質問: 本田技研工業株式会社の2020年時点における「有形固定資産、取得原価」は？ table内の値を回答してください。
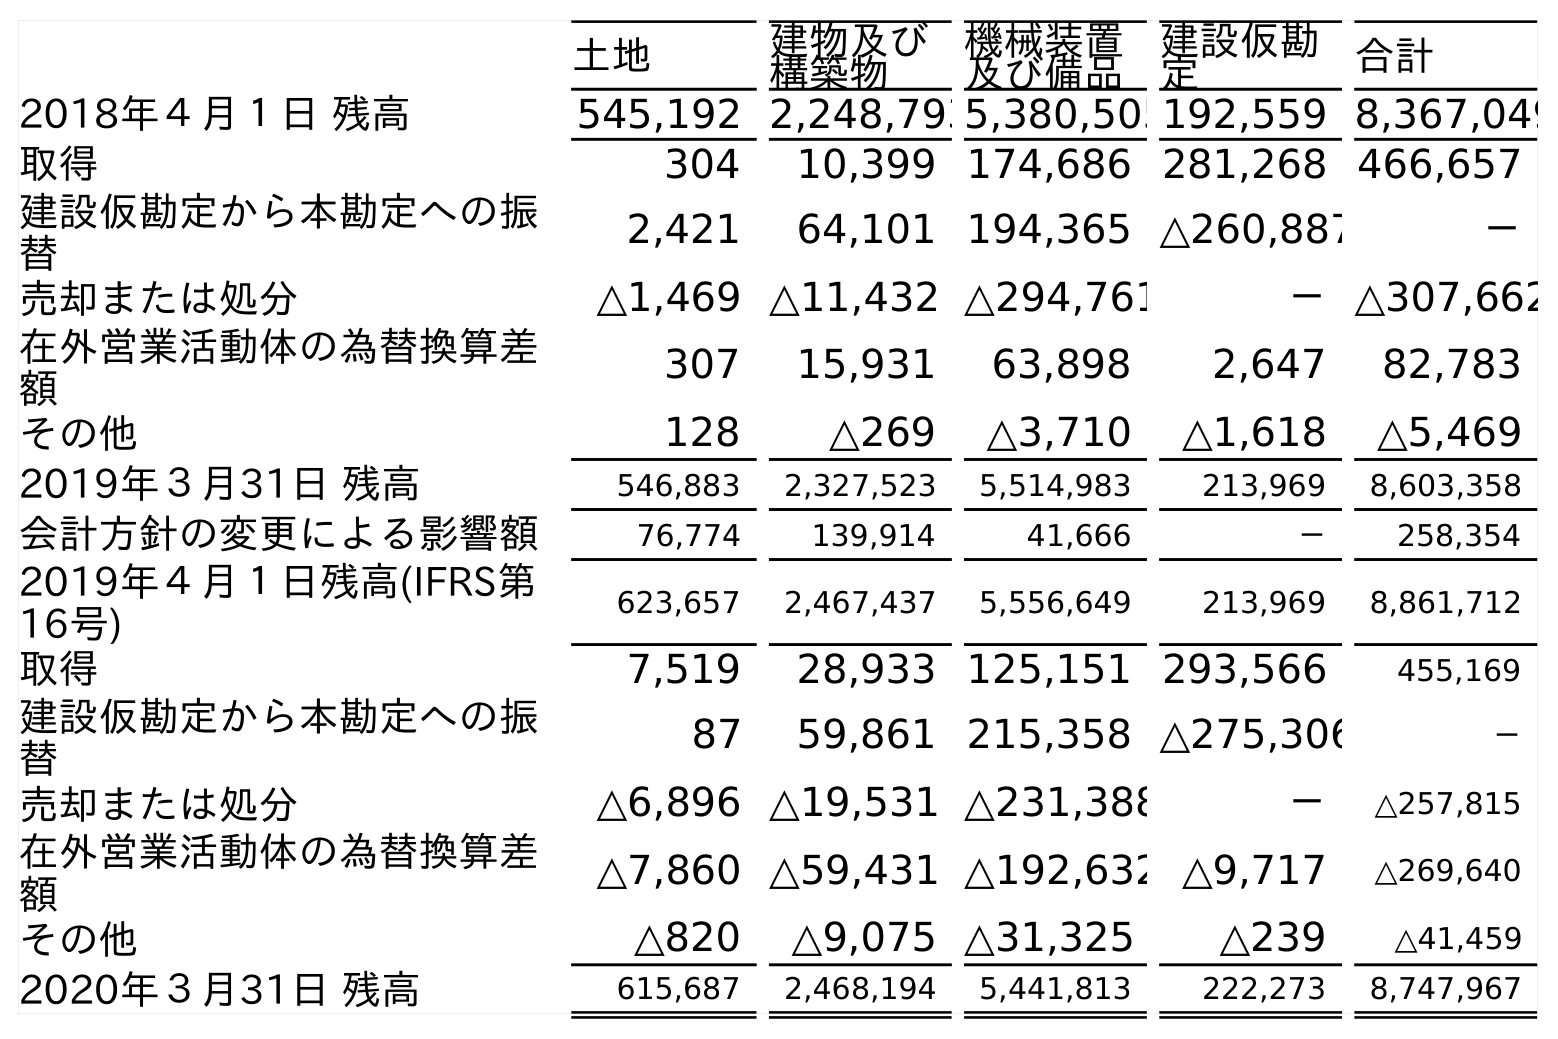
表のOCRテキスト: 土地 建物及び 構築物 機械装置 及び備品 建設仮勘 定 合計 2018年４月１日 残高 545,192 2,248,7935,380,505192,559 8,367,049 取得 304 10,399 174,686 281,268 466,657 建設仮勘定から本勘定への振 替 2,421 64,101 194,365 △260,887 － 売却または処分 △1,469 △11,432 △294,761 －△307,662 在外営業活動体の為替換算差 額 307 15,931 63,898 2,647 82,783 その他 128 △269 △3,710 △1,618 △5,469 2019年３月31日 残高 546,883 2,327,523 5,514,983 213,969 8,603,358 会計方針の変更による影響額 76,774 139,914 41,666 － 258,354 2019年４月１日残高(IFRS第 16号) 623,657 2,467,437 5,556,649 213,969 8,861,712 取得 7,519 28,933 125,151 293,566 455,169 建設仮勘定から本勘定への振 替 87 59,861 215,358 △275,306 － 売却または処分 △6,896 △19,531 △231,388 － △257,815 在外営業活動体の為替換算差 額 △7,860 △59,431 △192,632 △9,717 △269,640 その他 △820 △9,075 △31,325 △239 △41,459 2020年３月31日 残高 615,687 2,468,194 5,441,813 222,273 8,747,967
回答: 8,747,967